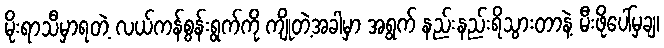
မိုးရာသီမှာရတဲ့ လယ်ကန်စွန်းရွက်ကို ကျိုတဲ့အခါမှာ အရွက် နည်းနည်းရိသွားတာနဲ့ မီးဖိုပေါ်မှချ၊